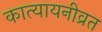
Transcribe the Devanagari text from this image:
कात्यायनीव्रत